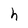
Character: h